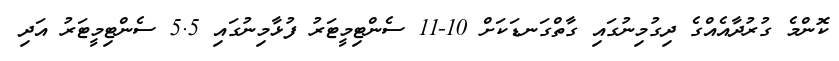
ކޮންމެ ގުރުދާއެއްގެ ދިގުމިނުގައި ގާތްގަނޑަކަށް 10-11 ސެންޓިމީޓަރު ފުޅާމިނުގައި 5.5 ސެންޓިމީޓަރު އަދި